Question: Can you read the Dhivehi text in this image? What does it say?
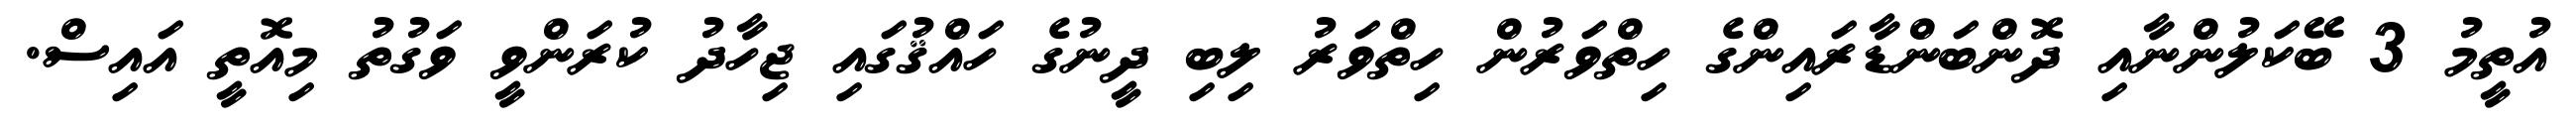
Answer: އުތީމު 3 ބޭކަލުންނާއި ދޮންބަންޑާރައިންގެ ހިތްވަރުން ހިތްވަރު ލިބި ދީނުގެ ހައްޤުގައި ޖިހާދު ކުރަންވީ ވަގުތު މިއޮތީ އައިސް.